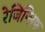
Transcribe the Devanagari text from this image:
रेजिन्लिफ